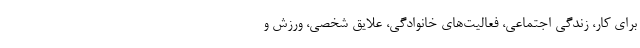
برای کار، زندگی اجتماعی، فعالیت‌های خانوادگی، علایق شخصی، ورزش و